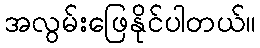
အလွမ်းဖြေနိုင်ပါတယ်။